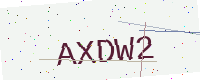
Text: AXDW2